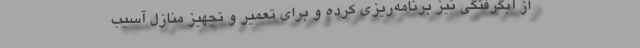
از آبگرفتگی نیز برنامه‌ریزی کرده ‌و برای تعمیر و تجهیز منازل آسیب